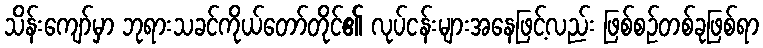
သိန်းကျော်မှာ ဘုရားသခင်ကိုယ်တော်တိုင်၏ လုပ်ငန်းများအနေဖြင့်လည်း ဖြစ်စဉ်တစ်ခုဖြစ်ရာ